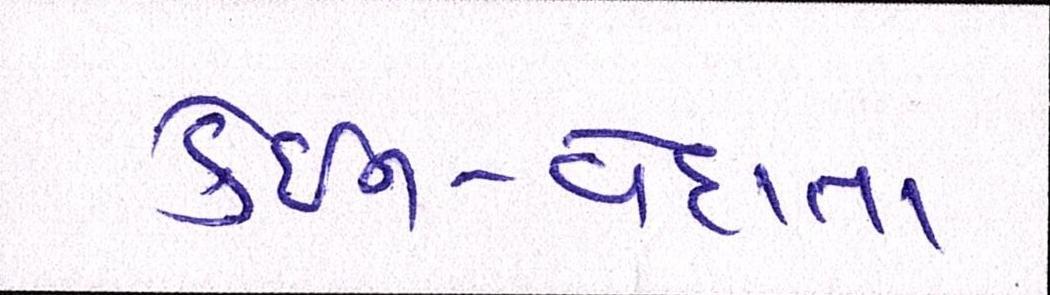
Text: કેઇર્ન-વેદાંતા